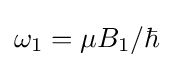
\omega _{1}=\mu B_{1}/\hbar